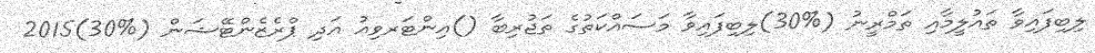
ލިބިފައިވާ ތައުލީމާއި ތަމްރީނު (%30)ލިބިފައިވާ މަސައްކަތުގެ ތަޖުރިބާ ()އިންޓަރވިއު އަދި ޕްރެޒެންޓޭޝަން (%30)2015